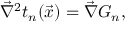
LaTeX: \vec { \nabla } ^ { 2 } t _ { n } ( \vec { x } ) = \vec { \nabla } G _ { n } ,